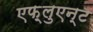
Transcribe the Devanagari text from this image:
एफ़्लुएन्ट